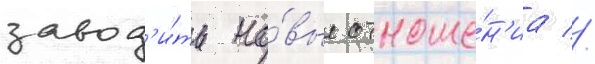
завод'и́ть но́вые отноше́н'иа //